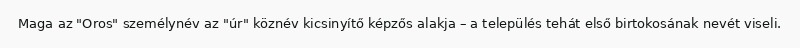
Maga az "Oros" személynév az "úr" köznév kicsinyítő képzős alakja – a település tehát első birtokosának nevét viseli.